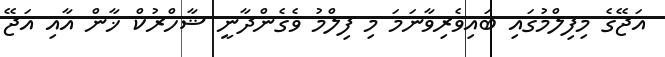
އަޖޭގެ މިފިލްމުގައި ބައިވެރިވާނަމަ މި ފިލްމު ވެގެންދާނީ ޝާހްރުކް ޚާން އާއި އަޖޭ